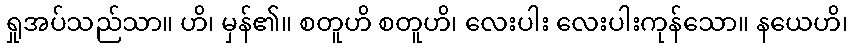
ရှုအပ်သည်သာ။ ဟိ၊ မှန်၏။ စတူဟိ စတူဟိ၊ လေးပါး လေးပါးကုန်သော။ နယေဟိ၊